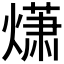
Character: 𤎻